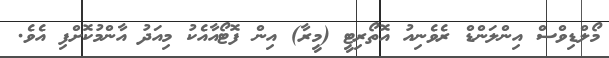
މޯލްޑިވްސް އިންލަންޑް ރެވެނިއު އޮތޯރިޓީ (މީރާ) އިން ފޮޓޯއާއެކު މިއަދު އާންމުކޮށްފި އެވެ.